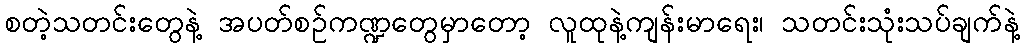
စတဲ့သတင်းတွေနဲ့ အပတ်စဉ်ကဏ္ဍတွေမှာတော့ လူထုနဲ့ကျန်းမာရေး၊ သတင်းသုံးသပ်ချက်နဲ့